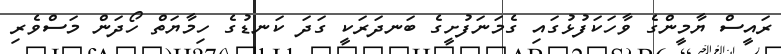
ރައީސް ޔާމީންގެ ވާހަކަފުޅުގައި ގެމަނަފުށީގެ ބަނދަރަކީ ގަދަ ކަނޑުގެ ހިމާޔަތް ހޯދަން މަސްވެރި